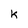
Character: k